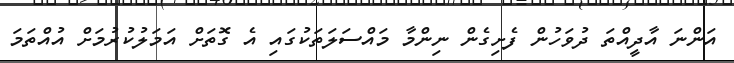
އަންނަ އާދީއްތަ ދުވަހުން ފެށިގެން ނިންމާ މައްސަލަތަކުގައި އެ ގޮތަށް އަމަލުކުރުމަށް އުއްތަމަ